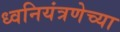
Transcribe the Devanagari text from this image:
ध्वनियंत्रणेच्या